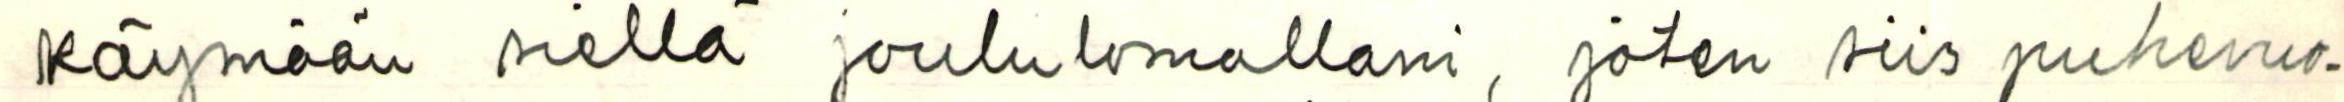
käymään siellä joululomallani, joten siis puhevuo-